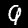
Label: 9